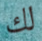
لك